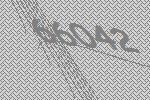
66042